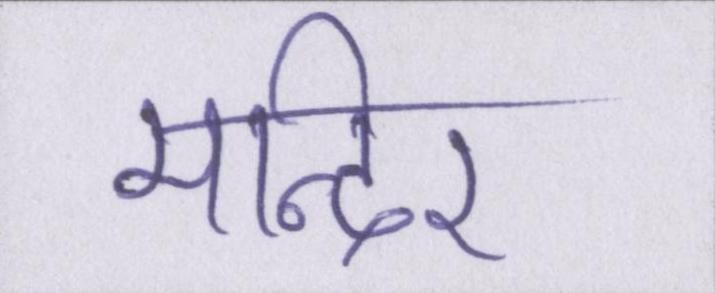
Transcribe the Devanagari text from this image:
मन्दिर